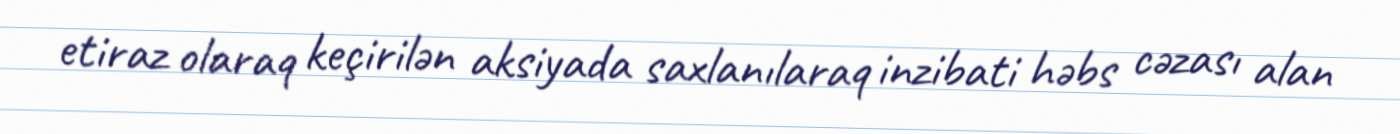
etiraz olaraq keçirilən aksiyada saxlanılaraq inzibati həbs cəzası alan